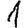
Digit: 1